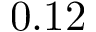
0 . 1 2